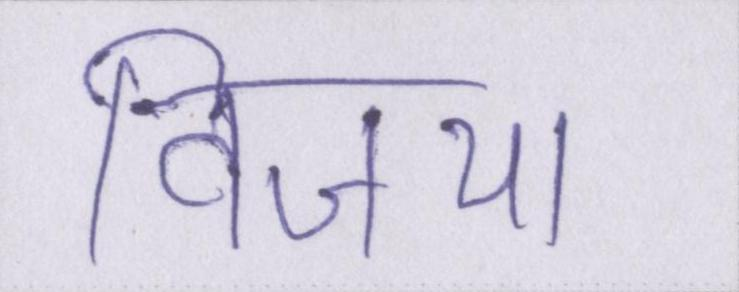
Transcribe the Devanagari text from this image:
विजया